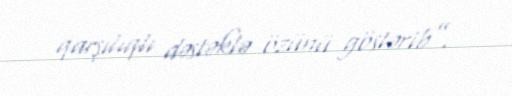
qarşılıqlı dəstəklə özünü göstərib”.